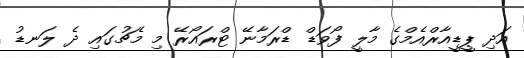
އަދި ޕީޑީއާރްއެމްގެ މާލީ ފޯވަޑް ޑްރަމާނޭ ޓްރައޯރޭ މި މެޗުގައި ދެ ލަނޑު